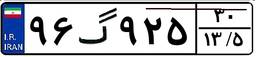
۹۶گ۹۲۵۳۰